Lunatic asylums Central Provinces reports 1886-1894 - 1886-1894
Year: 1886
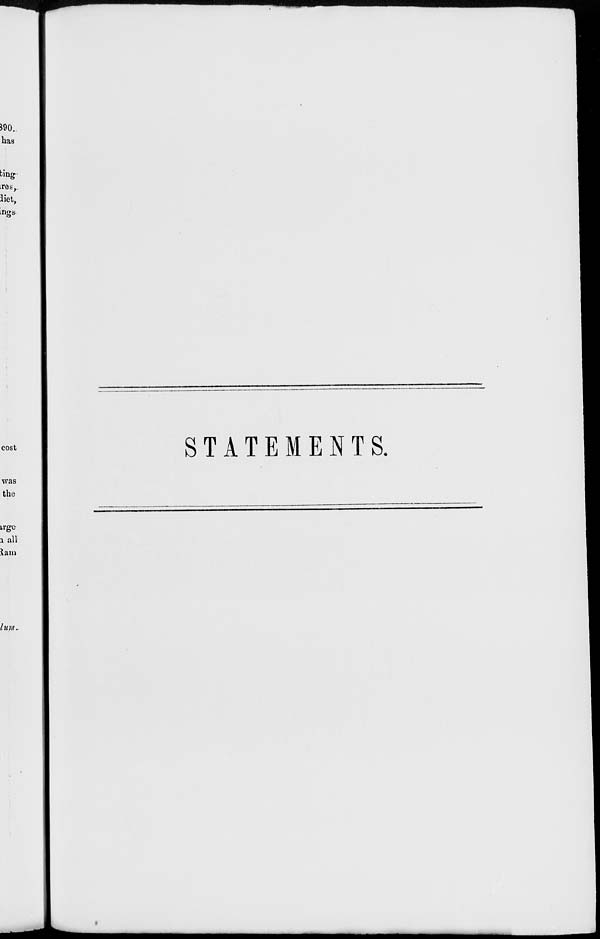
STATEMENTS.